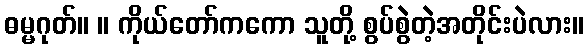
ဓမ္မဂုတ်။ ။ ကိုယ်တော်ကကော သူတို့ စွပ်စွဲတဲ့အတိုင်းပဲလား။